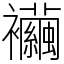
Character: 襺